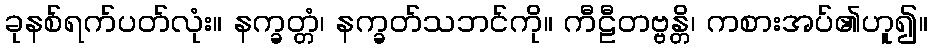
ခုနစ်ရက်ပတ်လုံး။ နက္ခတ္တံ၊ နက္ခတ်သဘင်ကို။ ကီဠီတဗ္ဗန္တိ၊ ကစားအပ်၏ဟူ၍။